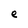
Character: e